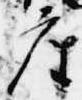
座